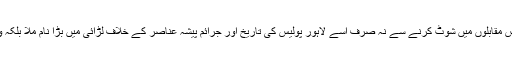
انڈر ورلڈ کے ٹاپ ٹین کو پولیس مقابلوں میں شوٹ کرنے سے نہ صرف اسے لاہور پولیس کی تاریخ اور جرائم پیشہ عناصر کے خلاف لڑائی میں بڑا نام ملا بلکہ وہ پنجاب پولیس کا ہیرو بن گیا۔